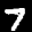
Label: 7